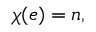
\chi ( e ) = n ,